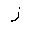
Letter: _zay